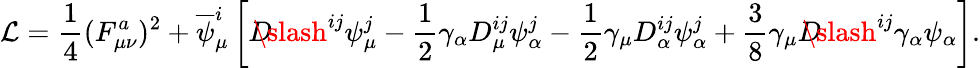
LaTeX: {\cal L}=\frac{1}{4}(F_{\mu\nu}^{a})^{2}+\overline{{{\psi}}}_{\mu}^{i}\left[D\! \! \! \! \slash^{ij}\psi_{\mu}^{j}-\frac{1}{2}\gamma_{\alpha}D_{\mu}^{ij}\psi_{\alpha}^{j}-\frac{1}{2}\gamma_{\mu}D_{\alpha}^{ij}\psi_{\alpha}^{j}+\frac{3}{8}\gamma_{\mu}D\! \! \! \! \slash^{ij}\gamma_{\alpha}\psi_{\alpha}\right].